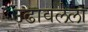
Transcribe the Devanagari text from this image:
उढावलेला